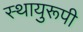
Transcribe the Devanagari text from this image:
स्थायुरूपी